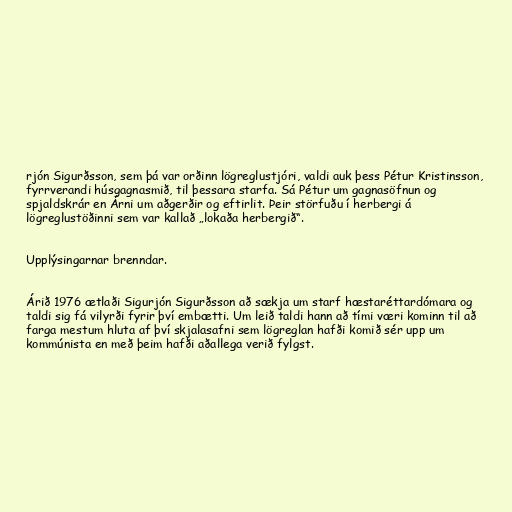
rjón Sigurðsson, sem þá var orðinn lögreglustjóri, valdi auk þess Pétur Kristinsson,
fyrrverandi húsgagnasmið, til þessara starfa. Sá Pétur um gagnasöfnun og
spjaldskrár en Árni um aðgerðir og eftirlit. Þeir störfuðu í herbergi á
lögreglustöðinni sem var kallað „lokaða herbergið“.

Upplýsingarnar brenndar.

Árið 1976 ætlaði Sigurjón Sigurðsson að sækja um starf hæstaréttardómara og
taldi sig fá vilyrði fyrir því embætti. Um leið taldi hann að tími væri kominn til að
farga mestum hluta af því skjalasafni sem lögreglan hafði komið sér upp um
kommúnista en með þeim hafði aðallega verið fylgst.